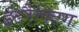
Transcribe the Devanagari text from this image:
इंटरैक्टिंग